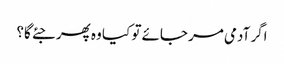
اگر آدمی مر جائے تو کیا وہ پھر جئے گا؟